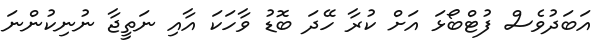
އަބަދުވެސް ފުޓްބޯޅަ އަށް ކުރާ ހޭދަ ބޮޑު ވާހަކަ އާއި ނަތީޖާ ނުނިކުންނަ